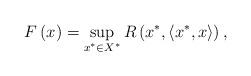
LaTeX: \begin{align*} F\left(x\right)= \sup_{x^\ast \in X^\ast } R\left(x^\ast,\langle x^\ast,x\rangle\right), \end{align*}